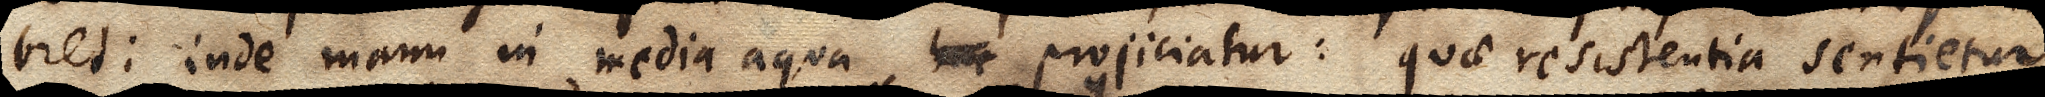
bret: inde manu in media aqua xx projiciatur: quae resistentia sentietur,